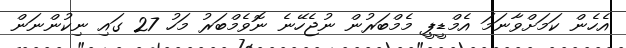
އެހެން ކަމަށްވާނަމަ އެމްޑީޕީ މެމްބަރުން ނުޖެހޭނެ ނޮވެމްބަރު މަހު 27 ގައި ނިކުންނަން